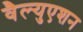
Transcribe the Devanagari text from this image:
वैल्युएशन